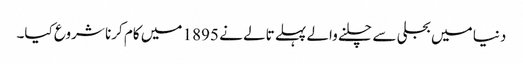
دنیا میں بجلی سے چلنے والے پہلے تالے نے 1895 میں کام کرنا شروع کیا۔